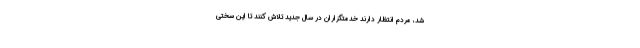
شد‌، مردم انتظار دارند خدمتگزاران در سال جدید تلاش کنند تا این سختی